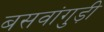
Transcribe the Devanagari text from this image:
बसवांगुड़ी